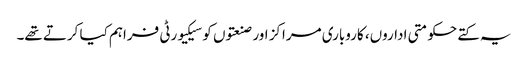
یہ کتے حکومتی اداروں، کاروباری مراکز اور صنعتوں کو سیکیورٹی فراہم کیا کرتے تھے۔